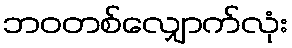
ဘဝတစ်လျှောက်လုံး